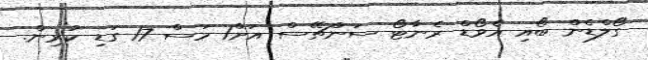
ގޯލްޑެން ބޯއި އެވޯޑް ރެނާޓޯ ސަންޗޭސް އަށް1 މަސް 17 ގަޑި ކުރިން.